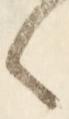
々